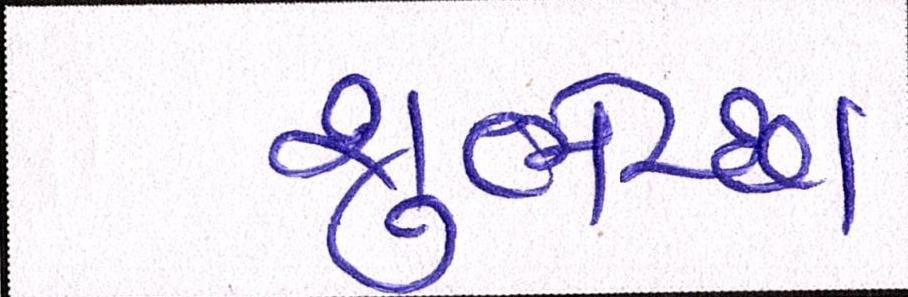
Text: શુભેચ્છા